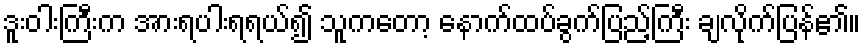
ဒူးဝါးကြီးက အားရပါးရရယ်၍ သူကတော့ နောက်ထပ်ခွက်ပြည့်ကြီး ချလိုက်ပြန်၏။